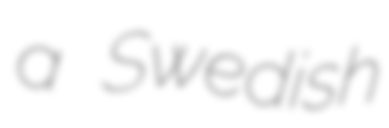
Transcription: a Swedish